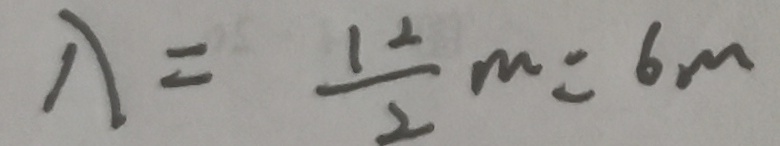
\lambda = \frac { 1 2 } { 2 } m = 6 m